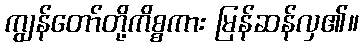
ကျွန်တော်တို့ကိစ္စကား မြန်ဆန်လှ၏။